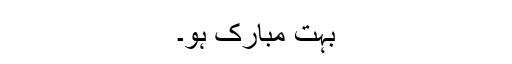
بہت مبارک ہو۔